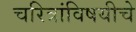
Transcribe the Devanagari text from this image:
चरित्रांविषयीचे